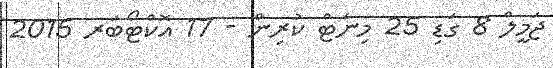
ޖަމީލް 8 ގަޑި 25 މިނެޓް ކުރިން - 17 އޮކްޓޯބަރ 2015